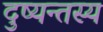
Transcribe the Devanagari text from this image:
दुष्यन्तस्य